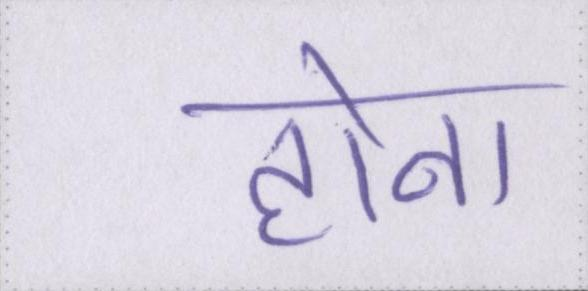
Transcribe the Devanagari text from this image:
होना